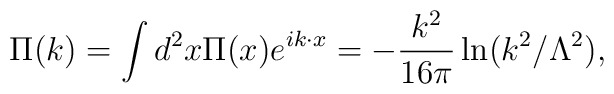
\Pi(k) = \int d^2x \Pi(x) e^{i k \cdot x} = - \frac{k^2}{16 \pi}\ln(k^2/\Lambda^2),